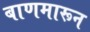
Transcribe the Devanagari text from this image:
बाणमारून